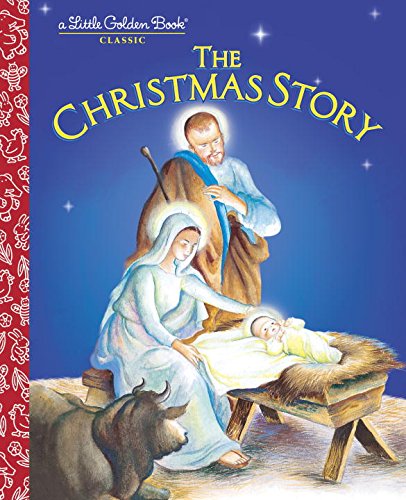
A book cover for The Christmas Story; Jane Werner Watson; Christian Books & Bibles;